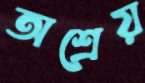
অশ্রেয়